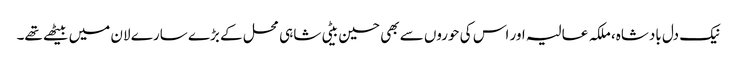
نیک دل بادشاہ، ملکہ عالیہ اور اس کی حوروں سے بھی حسین بیٹی شاہی محل کے بڑے سارے لان میں بیٹھے تھے۔